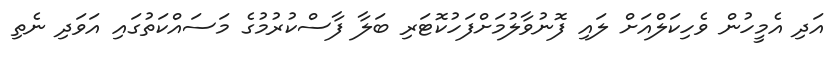
އަދި އެމީހުން ވެހިކަލްއަށް ލައި ފޮނުވާލުމަށްފަހުކޮޓަރި ބަލާ ފާސްކުރުމުގެ މަސައްކަތުގައި އަވަދި ނެތި